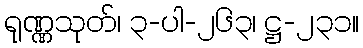
ရုဏ္ဏသုတ်၊ ၃-ပါ-၂၆၃၊ ဋ္ဌ-၂၃၁။